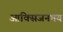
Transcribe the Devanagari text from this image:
आक्सिजनमय